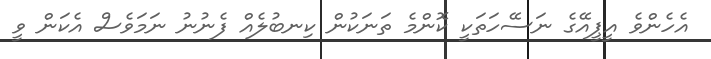
އެހެންވެ އީޕީއޭގެ ނަސޭހަތަކީ ކޮންމެ ތަނަކުން ކިނބުލެއް ފެނުނު ނަމަވެސް އެކަން ވީ